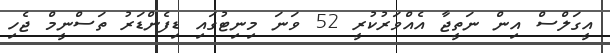
އީގަލްސް އިން ނަތީޖާ އެއްވަރުކުރީ 52 ވަނަ މިނިޓުގައި ޑިފެންޑަރު ތަސްނީމް ޖެހި